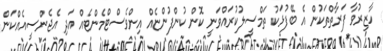
ހާޒިރުވާ ފަރާތްތަކުން އެ ބޭފުޅަކު ތަމްސީލުކުރައްވަނީ ކޮން ކުންފުންޏެއް އިންވެސްޓްމެންޓެއް އަދި އެޖެންސީއެއްކަން